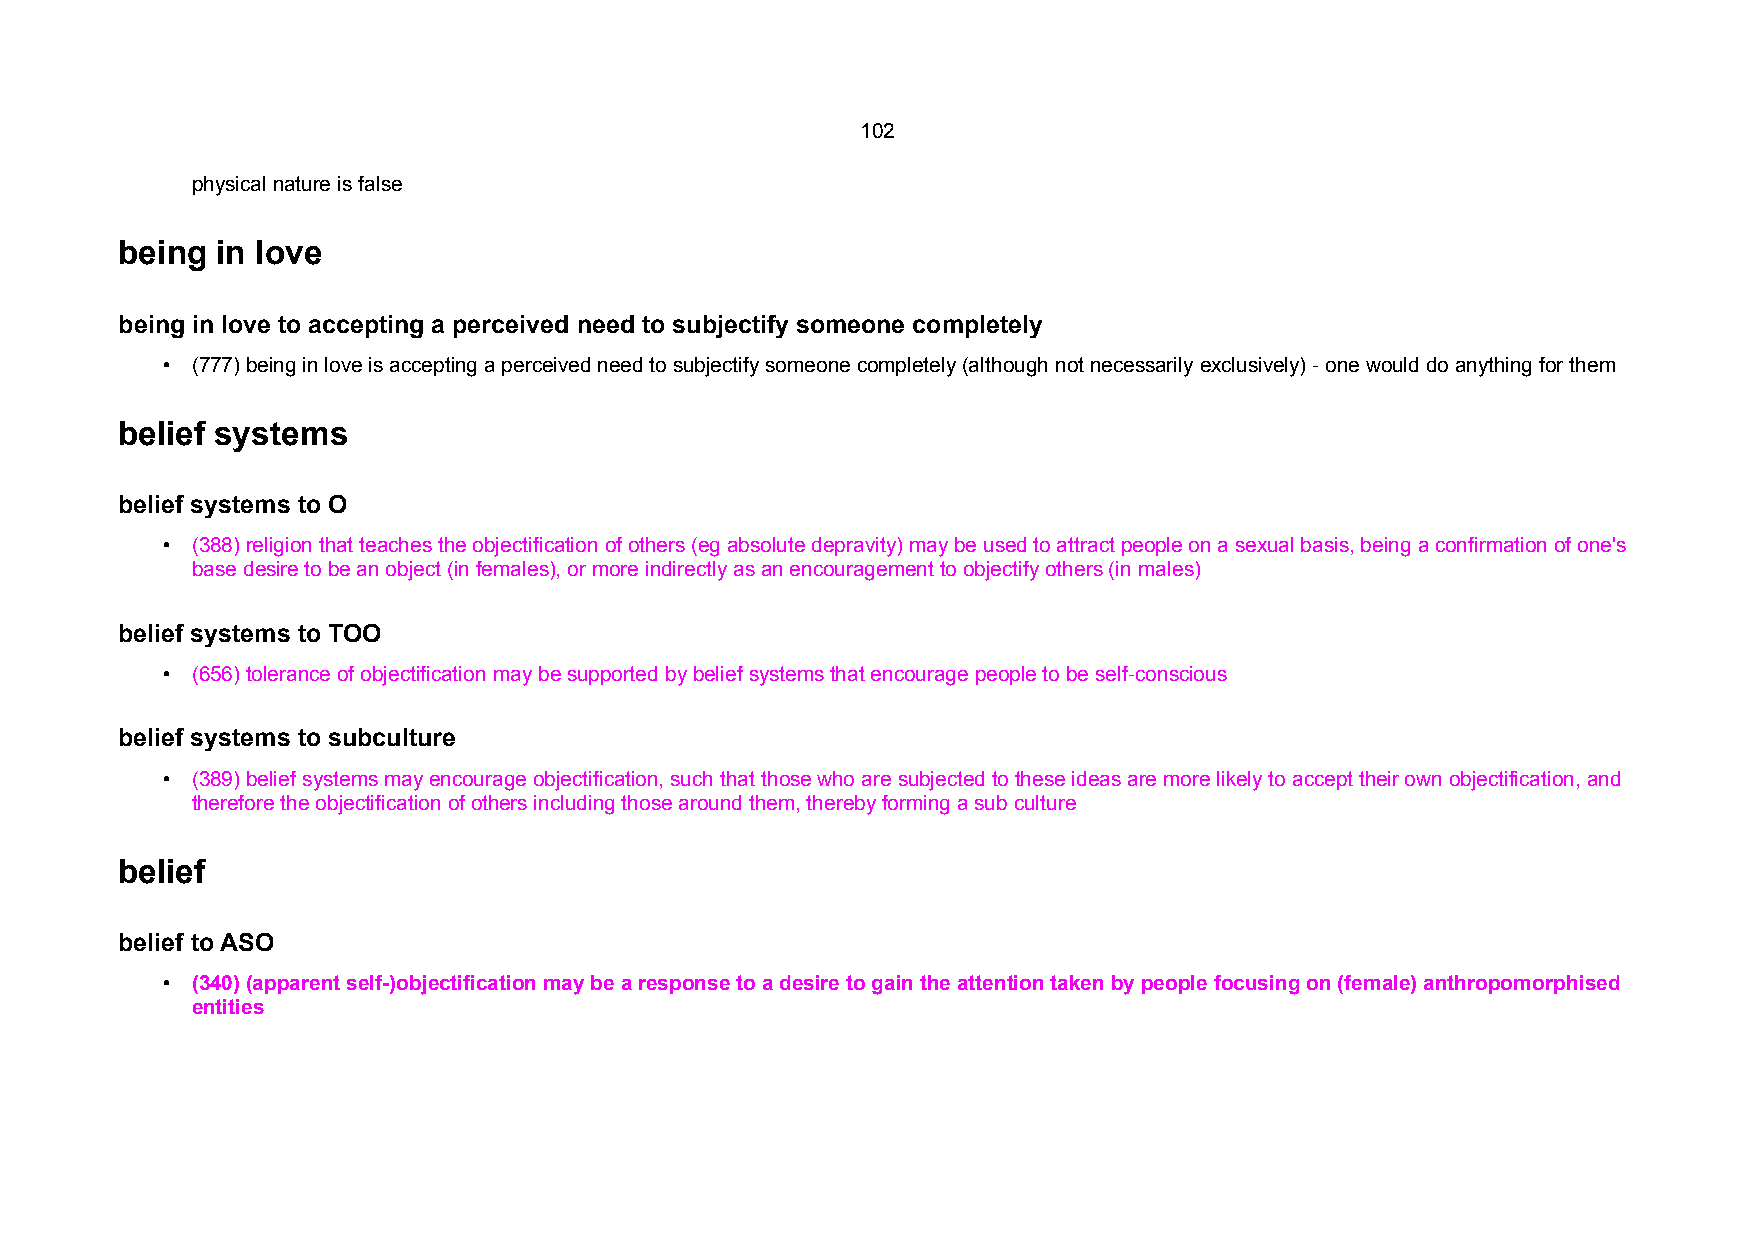
102
 physical nature is false
 being in love
 being in love to accepting a perceived need to subjectify someone completely
 • (777) being in love is accepting a perceived need to subjectify someone completely (although not necessarily exclusively) - one would do anything for them
 belief systems
 belief systems to O
 • (388) religion that teaches the objectification of others (eg absolute depravity) may be used to attract people on a sexual basis, being a confirmation of one's
 base desire to be an object (in females), or more indirectly as an encouragement to objectify others (in males)
 belief systems to TOO
 • (656) tolerance of objectification may be supported by belief systems that encourage people to be self-conscious
 belief systems to subculture
 • (389) belief systems may encourage objectification, such that those who are subjected to these ideas are more likely to accept their own objectification, and
 therefore the objectification of others including those around them, thereby forming a sub culture
 belief
 belief to ASO
 • (340) (apparent self-)objectification may be a response to a desire to gain the attention taken by people focusing on (female) anthropomorphised
 entities